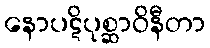
နောပဋိပုစ္ဆာဝိနီတာ